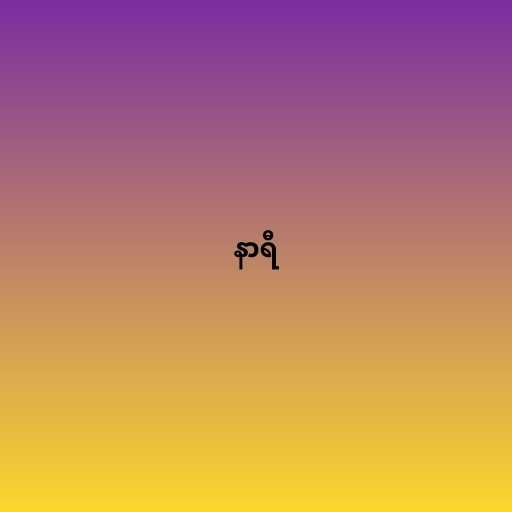
နာရီ